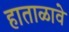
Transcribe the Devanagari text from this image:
हाताळावे